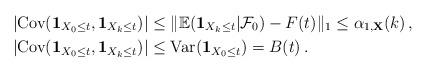
LaTeX: \begin{align*}\left |{\mathrm {Cov}}({\bf 1}_{X_0\leq t}, {\bf 1}_{X_k\leq t})\right | &\leq \|{\mathbb E}({\bf 1}_{X_k\leq t}|{\mathcal F}_0)-F(t)\|_1 \leq \alpha_{1, \bf X}(k) \, , \\ \left |{\mathrm {Cov}}({\bf 1}_{X_0\leq t}, {\bf 1}_{X_k\leq t})\right | &\leq {\mathrm {Var}}({\bf 1}_{X_0\leq t})=B(t) \, .\end{align*}